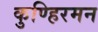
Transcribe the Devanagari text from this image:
कुण्हिरमन